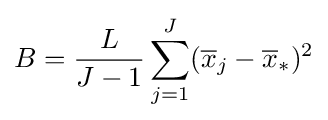
B={\frac {L}{J-1}}\sum _{j=1}^{J}({\overline {x}}_{j}-{\overline {x}}_{*})^{2}